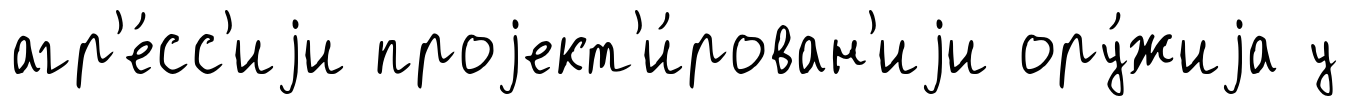
агр'е́сс'иjи проjект'и́рован'иjи ору́жиjа у